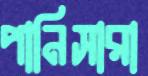
পানিসারা